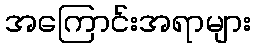
အကြောင်းအရာများ